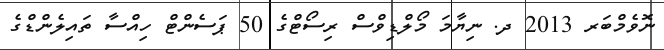
ނޮވެމްބަރ 2013 ދ. ނިޔާމަ މޯލްޑިވްސް ރިސޯޓްގެ 50 ޕަސެންޓް ހިއްސާ ތައިލެންޑްގެ